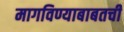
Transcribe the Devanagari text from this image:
मागविण्याबाबतची